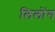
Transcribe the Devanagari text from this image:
लिलोंग